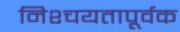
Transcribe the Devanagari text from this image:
निश्चयतापूर्वक